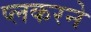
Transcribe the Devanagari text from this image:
प्लकरने